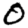
Digit: 0